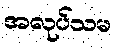
အလုပ်သမ